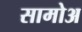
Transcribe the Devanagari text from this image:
सामोअ